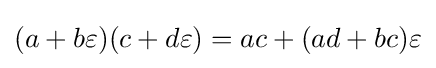
(a+b\varepsilon )(c+d\varepsilon )=ac+(ad+bc)\varepsilon